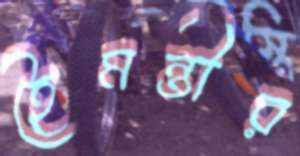
হৈমন্তীর